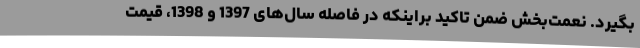
بگیرد. نعمت‌بخش ضمن تاکید براینکه در فاصله سال‌های 1397 و 1398، قیمت